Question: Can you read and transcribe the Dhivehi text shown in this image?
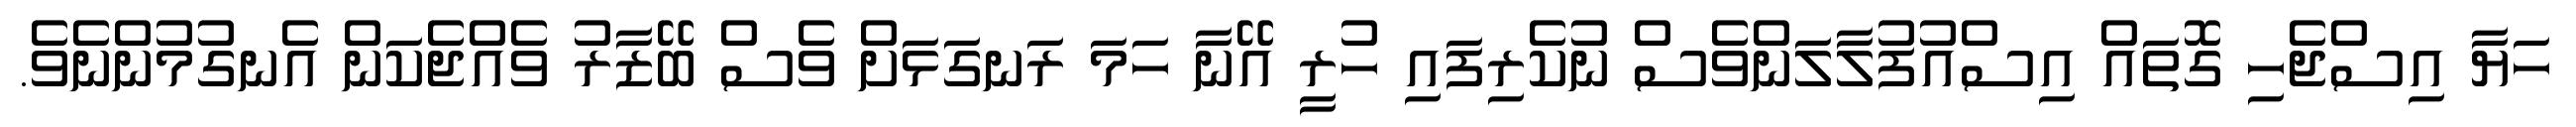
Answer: ހަޔާ އިސްޖެހި ގޮތައް އިސްއުފުލާލަންވެސް ނުކެރިފައި ހުރީ އޭނާ ހަމަ ރަނގަޅަށް ވެސް ބޭޒާރު ވެއްޖެކަން އެނގުމުންނެވެ.